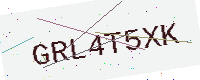
Text: GRL4T5XK